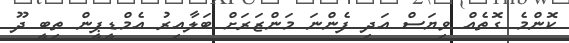
ކޮންމެ ގޮތެއް ވިޔަސް އަދި ފެންނަ މަންޒަރަށް ބަލާއިރު އެމްޑީޕީން ތިބީ ދޫ